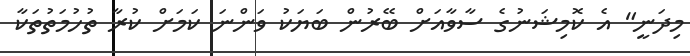
މިދަނީ" އެ ކޮމިޝަނުގެ ސާވާއަށް ބޭރުން ބަޔަކު ވަންނަ ކަމަށް ކުރާ ތުހުމަތުތަކާ